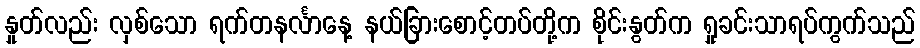
နှုတ်လည်း လှစ်သော ရက်တနင်္လာနေ့ နယ်ခြားစောင့်တပ်တို့က စိုင်းနွတ်က ရှုခင်းသာရပ်ကွက်သည်